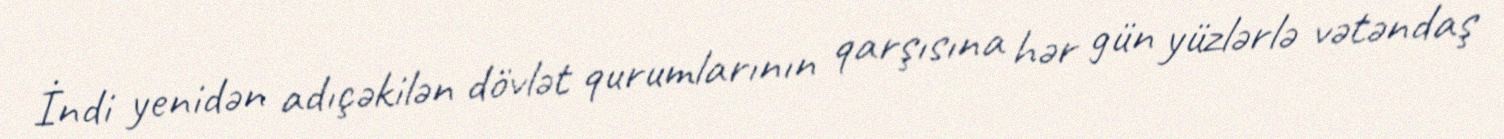
İndi yenidən adıçəkilən dövlət qurumlarının qarşısına hər gün yüzlərlə vətəndaş